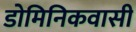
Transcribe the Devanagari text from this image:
डोमिनिकवासी